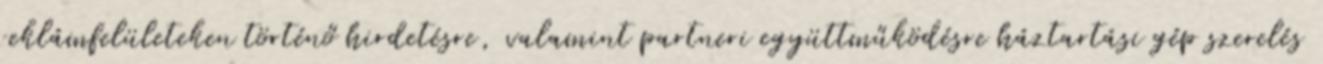
reklámfelületeken történő hirdetésre, valamint partneri együttműködésre háztartási gép szerelés